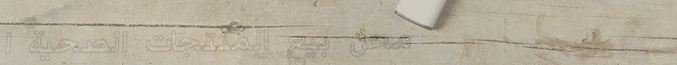
محل بيع المنتجات الصحية ا